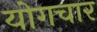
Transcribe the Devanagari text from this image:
योगचार